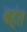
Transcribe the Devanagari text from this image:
बहंत